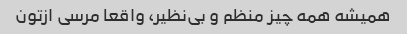
همیشه همه چیز منظم و بی‌نظیر، واقعا مرسی ازتون